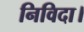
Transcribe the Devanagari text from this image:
निविदा।